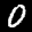
Label: 0